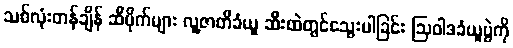
သစ်လုံးတန်ချိန် ဆီပိုက်များ လူ့ဇာတိခံယူ ဆီးထဲတွင်သွေးပါခြင်း ဩဝါဒခံယူပွဲကို